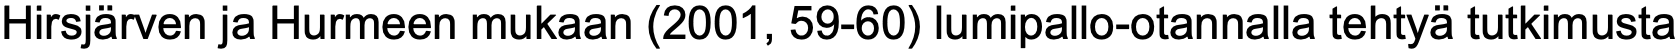
Hirsjärven ja Hurmeen mukaan (2001, 59-60) lumipallo-otannalla tehtyä tutkimusta